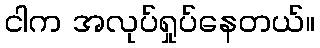
ငါက အလုပ်ရှုပ်နေတယ်။